Burma Government Medical School reports 1907-22
Year: 1907
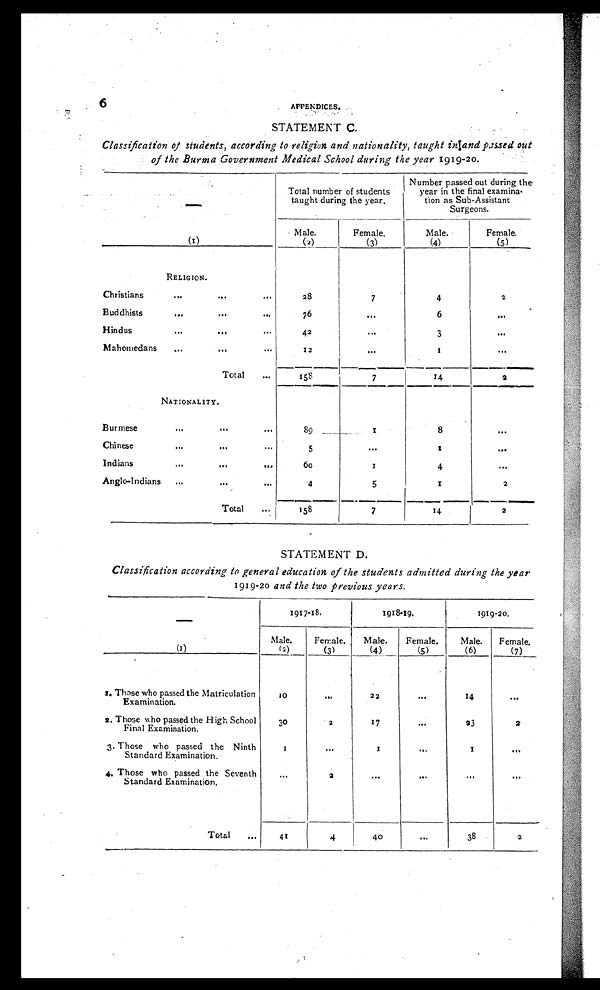
6 APPENDICES.
STATEMENT C.
Classification of students, according to religion and nationality, taught inland passed out
of the Burma Government Medical School during the year 1919-20.
Total number of students
taught during the year.
Number passed out during the
year in the final examina-
tion as Sub-Assistant
Surgeons.
Male.
Female.
Male.
Female.
(1)
(2)
(3)
(4)
(5)
RELIGION.
Christians
...
...
...
28
7
4
2
Buddhists
...
...
. . .
76
. . .
6
...
Hindus
...
...
...
42
...
3
. . .
Mahomedans
...
...
...
1 2
. . .
1
. . .
T o t a l . . .
1 5 8
7
1 4
2
NATIONALITY.
Burmese
...
. . . . . .
89
1
8
. . .
Chinese
...
...
...
5
. . .
1
. . .
Indians
...
...
. . .
60
1
4
. . .
Anglo-Indians
...
...
...
4
5
1
2
Total
...
158
7
14
2
STATEMENT D.
Classification according to general education of the students admitted during the year
1919-20 and the two previous years.
1917-18.
1918-19.
1919-20.
Male.
Female.
Male.
Female.
Male.
Female.
(1)
(2)
(3)
(4)
(5)
(6)
(7)
1. Those who passed the Matriculation
Examination.
10
...
22
. . .
14
. . .
2. Those who passed the High School
Final Examination.
30
2
17
. . .
23
2
3. Those who passed the Ninth
Standard Examination.
1
...
1
. . .
1
. . .
4. Those who passed the Seventh
Standard Examination.
...
2
...
. . .
. . .
. . .
Total
. . .
41
4
40
. . .
38
2